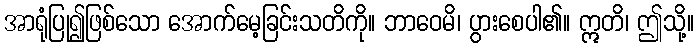
အာရုံပြု၍ဖြစ်သော အောက်မေ့ခြင်းသတိကို။ ဘာဝေမိ၊ ပွားစေပါ၏။ ဣတိ၊ ဤသို့။